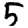
Digit: 5